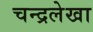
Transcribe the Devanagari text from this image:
चन्द्रलेखा